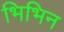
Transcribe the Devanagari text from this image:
भिभिन